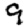
Digit: 9